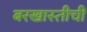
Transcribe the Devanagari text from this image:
बरखास्तीची